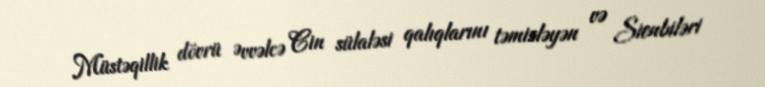
Müstəqillik dövrü Əvvəlcə Cin sülaləsi qalıqlarını təmizləyən və Sienbiləri